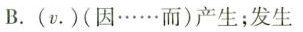
B.(v.)(因……而)产生;发生